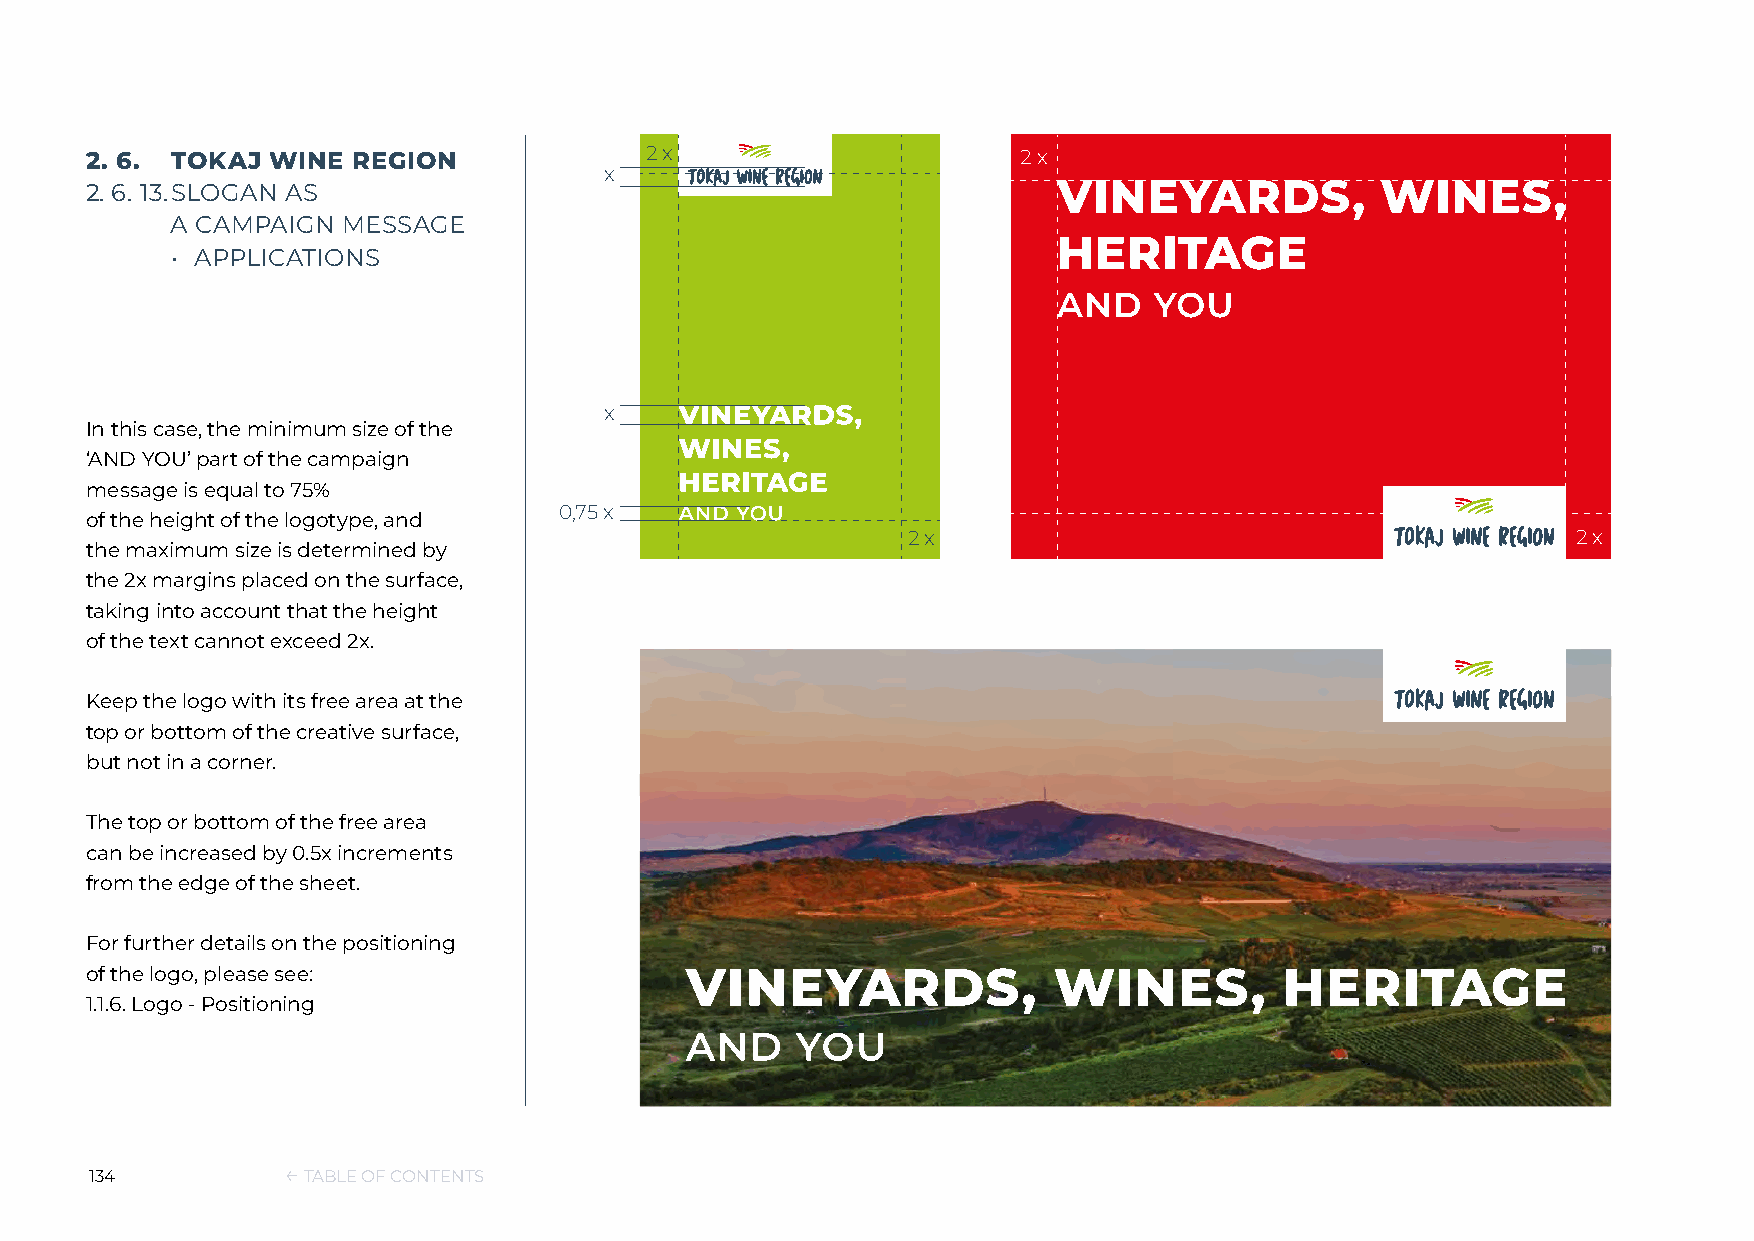
2. 6. TOKAJ WINE REGION              2 x                      2 x
 x
 2. 6. 13. SLOGAN AS
 A CAMPAIGN  MESSAGE
 • APPLICATIONS
 x
 In this case, the minimum size of the
 ‘AND YOU’ part of the campaign
 message is equal to 75%
 0,75 x
 of the height of the logotype, and
 2 x                                         2 x
 the maximum size is determined by
 the 2x margins placed on the surface,
 taking into account that the height
 of the text cannot exceed 2x.
 Keep the logo with its free area at the
 top or bottom of the creative surface,
 but not in a corner.
 The top or bottom of the free area
 can be increased by 0.5x increments
 from the edge of the sheet.
 For further details on the positioning
 of the logo, please see:
 1.1.6. Logo - Positioning
 134          ← TABLE OF CONTENTS